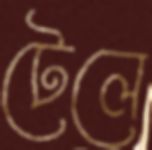
টেলে